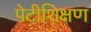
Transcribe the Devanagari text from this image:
पेटीशिक्षण